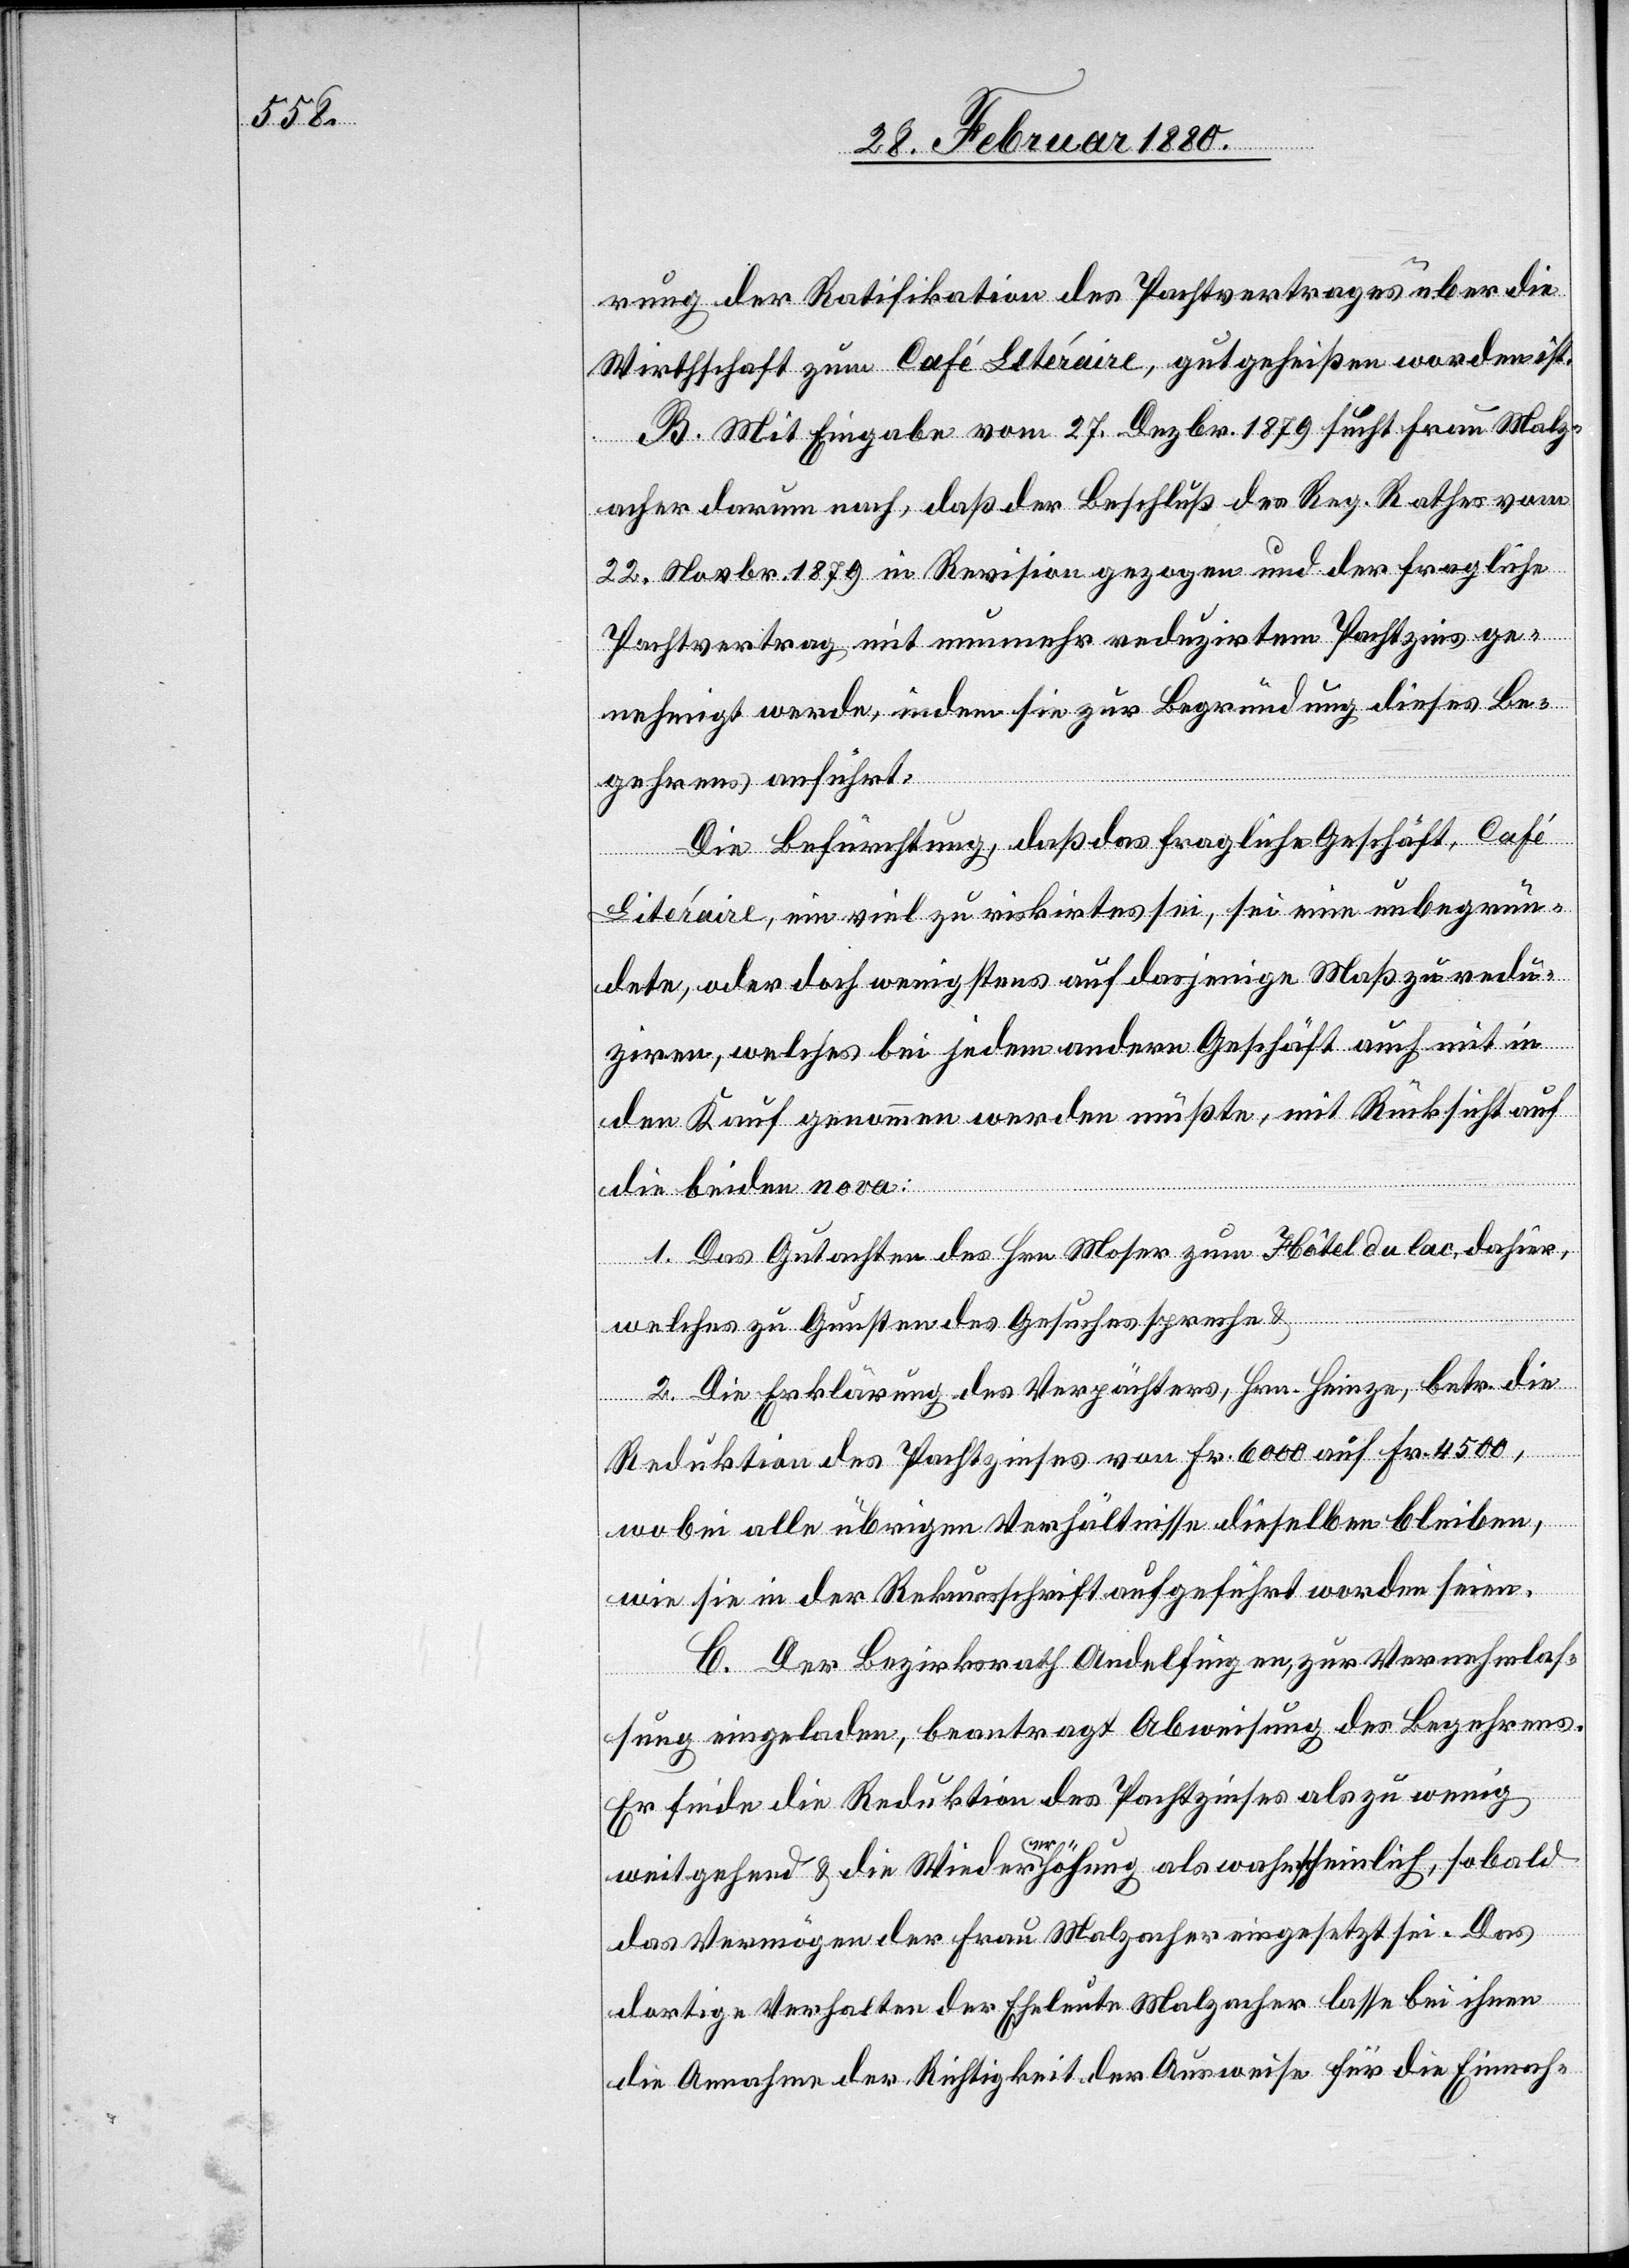
rung der Ratifikation des Pachtvertrages über die
Wirthschaft zum Café Litéraire, gutgeheißen worden ist.
B. Mit Eingabe vom 27. Dezbr. 1879 sucht Frau Malz¬
acher darum nach, daß der Beschluß des Reg. Rathes vom
22. Novbr. 1879 in Revision gezogen und der fragliche
Pachtvertrag mit nunmehr reduzirtem Pachtzins ge¬
nehmigt werde, indem sie zur Begründung dieses Be¬
gehrens anführt:
Die Befürchtung, daß das fragliche Geschäft, Café
Litéraire, ein viel zu riskantes sei, sei eine unbegrün¬
dete, oder doch wenigstens auf dasjenige Maß zu redu¬
ziren, welches bei jedem andern Geschäft auch mit in
den Kauf genommen werden müßte, mit Rücksicht auf
die beiden nova:
1. Das Gutachten des Hrn. Moser zum Hôtel du lac, dahier,
welches zu Gunsten des Gesuches spreche &
2. Die Erklärung des Verpächters, Hrn. Heinze, betr. die
Reduktion des Pachtzinses von Fr. 600 auf Fr. 4500,
wobei alle übrigen Verhältnisse dieselben bleiben,
wie sie in der Rekursschrift aufgeführt worden seien.
C. Der Bezirksrath Andelfingen, zur Vernehmlas¬
sung eingeladen, beantragt Abweisung des Begehrens.
Er finde die Reduktion des Pachtzinses als zu wenig
weitgehend & die Wiedererhöhung als wahrscheinlich, sobald
das Vermögen der Frau Malzacher eingesetzt sei. Das
dortige Verhalten der Eheleute Malzacher lasse bei ihnen
die Annahme der Richtigkeit der Ausweise für die Einnah-